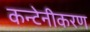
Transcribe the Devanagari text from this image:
कन्टेनीकरण